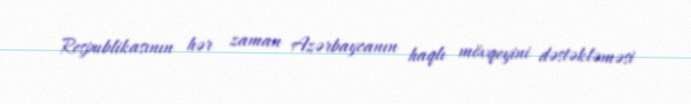
Respublikasının hər zaman Azərbaycanın haqlı mövqeyini dəstəkləməsi